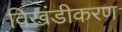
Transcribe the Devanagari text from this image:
विखंडीकरण